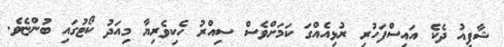
ޝާފިއު ދެކެ އައިސްފަހުރި ރުޅިއެއްގަ ކަމަށްވެސް ސިއްރު ހެކިވެރިޔާ މިއަދު ކޯޓުގައި ބުންޏެވެ.